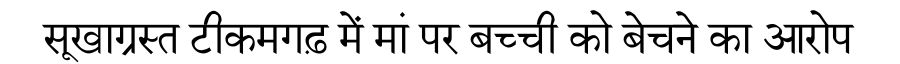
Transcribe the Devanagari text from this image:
सूखाग्रस्त टीकमगढ़ में मां पर बच्ची को बेचने का आरोप